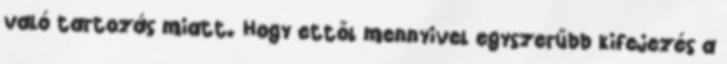
való tartozás miatt. Hogy ettől mennyivel egyszerűbb kifejezés a